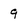
Character: 9